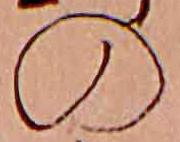
の